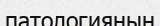
патологияның